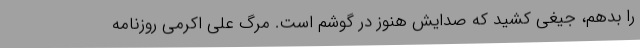
را بدهم، جیغی کشید که صدایش هنوز در گوشم است. مرگ علی اکرمی روزنامه